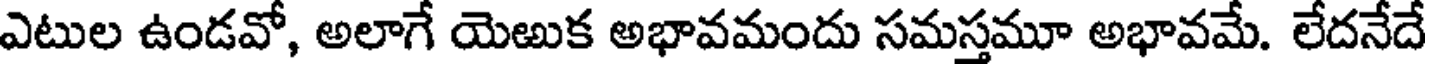
ఎటుల ఉండవో, అలాగే యెఱుక అభావమందు సమస్తమూ అభావమే. లేదనేదే